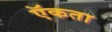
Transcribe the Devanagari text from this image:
ऍकता